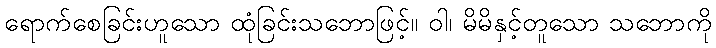
ရောက်စေခြင်းဟူသော ထုံခြင်းသဘောဖြင့်။ ဝါ၊ မိမိနှင့်တူသော သဘောကို